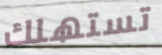
تستهلك